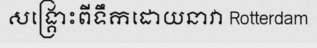
សង្គ្រោះពីទឹកដោយនាវា Rotterdam